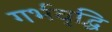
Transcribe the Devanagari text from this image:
गर्भवृद्धि